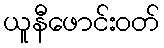
ယူနီဖောင်းဝတ်